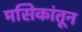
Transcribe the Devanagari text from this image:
मसिकांतून